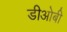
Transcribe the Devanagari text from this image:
डीओबी